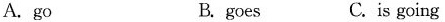
A.go B.goes C.is going